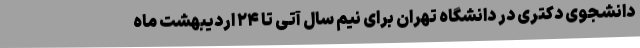
دانشجوی دکتری در دانشگاه تهران برای نیم سال آتی تا ۲۴ اردیبهشت ماه